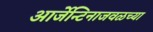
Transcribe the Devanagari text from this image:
आर्जेन्टिनाजवळच्या